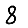
Digit: 8